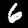
Digit: 6